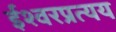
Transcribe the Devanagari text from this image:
ईश्वरप्रत्यय